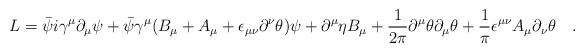
LaTeX: \begin{align*}L= \bar{\psi} i \gamma^{\mu} \partial_{\mu}\psi + {\bar \psi}\gamma^{\mu}(B_{\mu} + A_{\mu } + \epsilon_{\mu \nu}\partial^{\nu} \theta ) \psi+\partial^{\mu}\eta B_{\mu} +\frac{1}{2 \pi}\partial^{\mu}\theta\partial_{\mu}\theta + \frac{1}{\pi} \epsilon^{\mu\nu}A_{\mu}\partial_{\nu}\theta \quad.\end{align*}